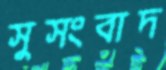
সুসংবাদ